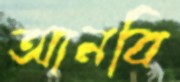
আনবি